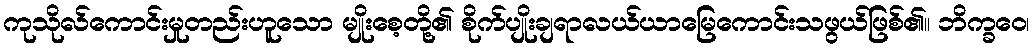
ကုသိုလ်ကောင်းမှုတည်းဟူသော မျိုးစေ့တို့၏ စိုက်ပျိုးချရာလယ်ယာမြေကောင်းသဖွယ်ဖြစ်၏။ ဘိက္ခဝေ၊